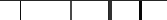
٦٢